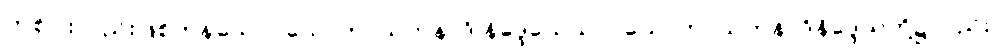
တစ်ပါးလည်းဖြစ်ကုန်သော။ သောတာယတနာဒိ နိဒ္ဒေသေသုပိ၊ သောတာယတနာဒိနိဒ္ဒေသတို့၌လည်း။